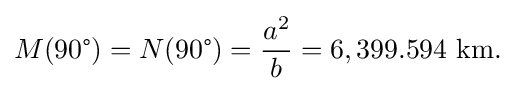
M(90{\text{°}})=N(90{\text{°}})={\frac {a^{2}}{b}}=6,399.594{\text{ km.}}